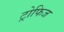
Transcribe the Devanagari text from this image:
ट्रोफिज